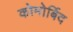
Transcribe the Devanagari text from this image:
कोमोर्बिद